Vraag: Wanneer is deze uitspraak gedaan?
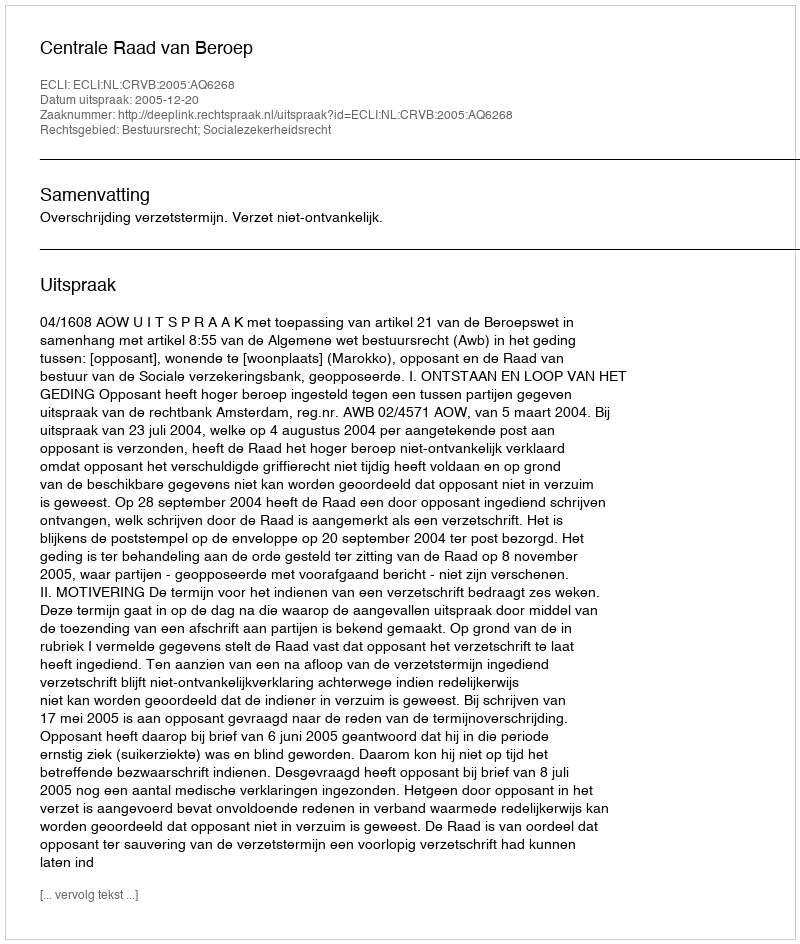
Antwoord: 2005-12-20